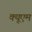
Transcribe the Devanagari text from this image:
क्यूएम